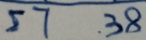
\overline { 5 7 3 8 }